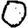
Digit: 0